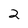
Character: 2